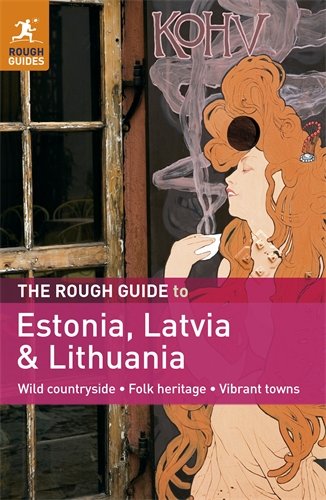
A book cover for The Rough Guide to Estonia, Latvia & Lithuania; Jonathan Bousfield; Travel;